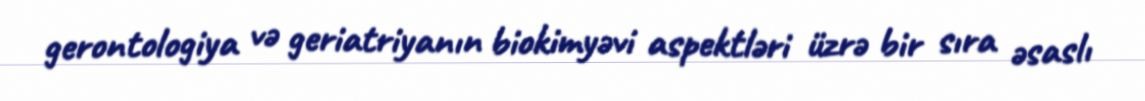
gerontologiya və geriatriyanın biokimyəvi aspektləri üzrə bir sıra əsaslı